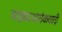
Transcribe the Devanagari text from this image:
साइबरआतंकवादी